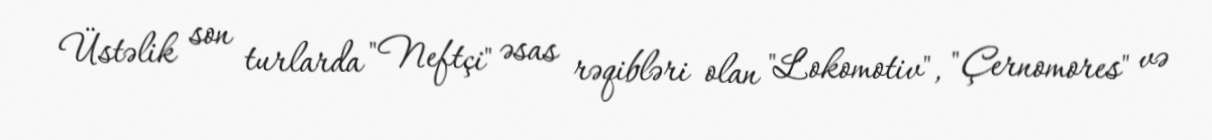
Üstəlik son turlarda "Neftçi" əsas rəqibləri olan "Lokomotiv", "Çernomores" və